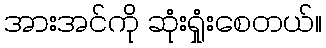
အားအင်ကို ဆုံးရှုံးစေတယ်။